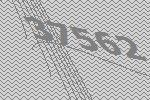
37562